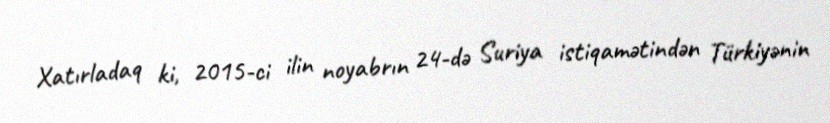
Xatırladaq ki, 2015-ci ilin noyabrın 24-də Suriya istiqamətindən Türkiyənin